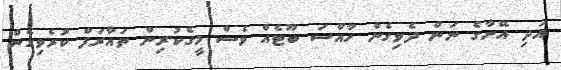
އަދި އޭނާގެ ނަން ދެވިގެން ހާއްސަ ބޫޓެއް ވެސް މީގެކުރިން ތައާރަފް ކުރެވިގެން